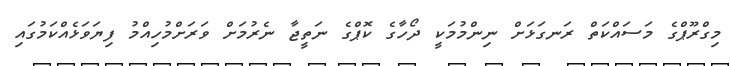
މިގްރޫޕްގެ މަސައްކަތް ރަނގަޅަށް ނިންމުމަކީ ދޯހާގެ ކޮޕްގެ ނަތީޖާ ނެރުމަށް ވަރަށްމުހިއްމު ފިޔަވަޅެއްކަމުގައި